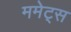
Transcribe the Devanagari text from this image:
ममेट्स